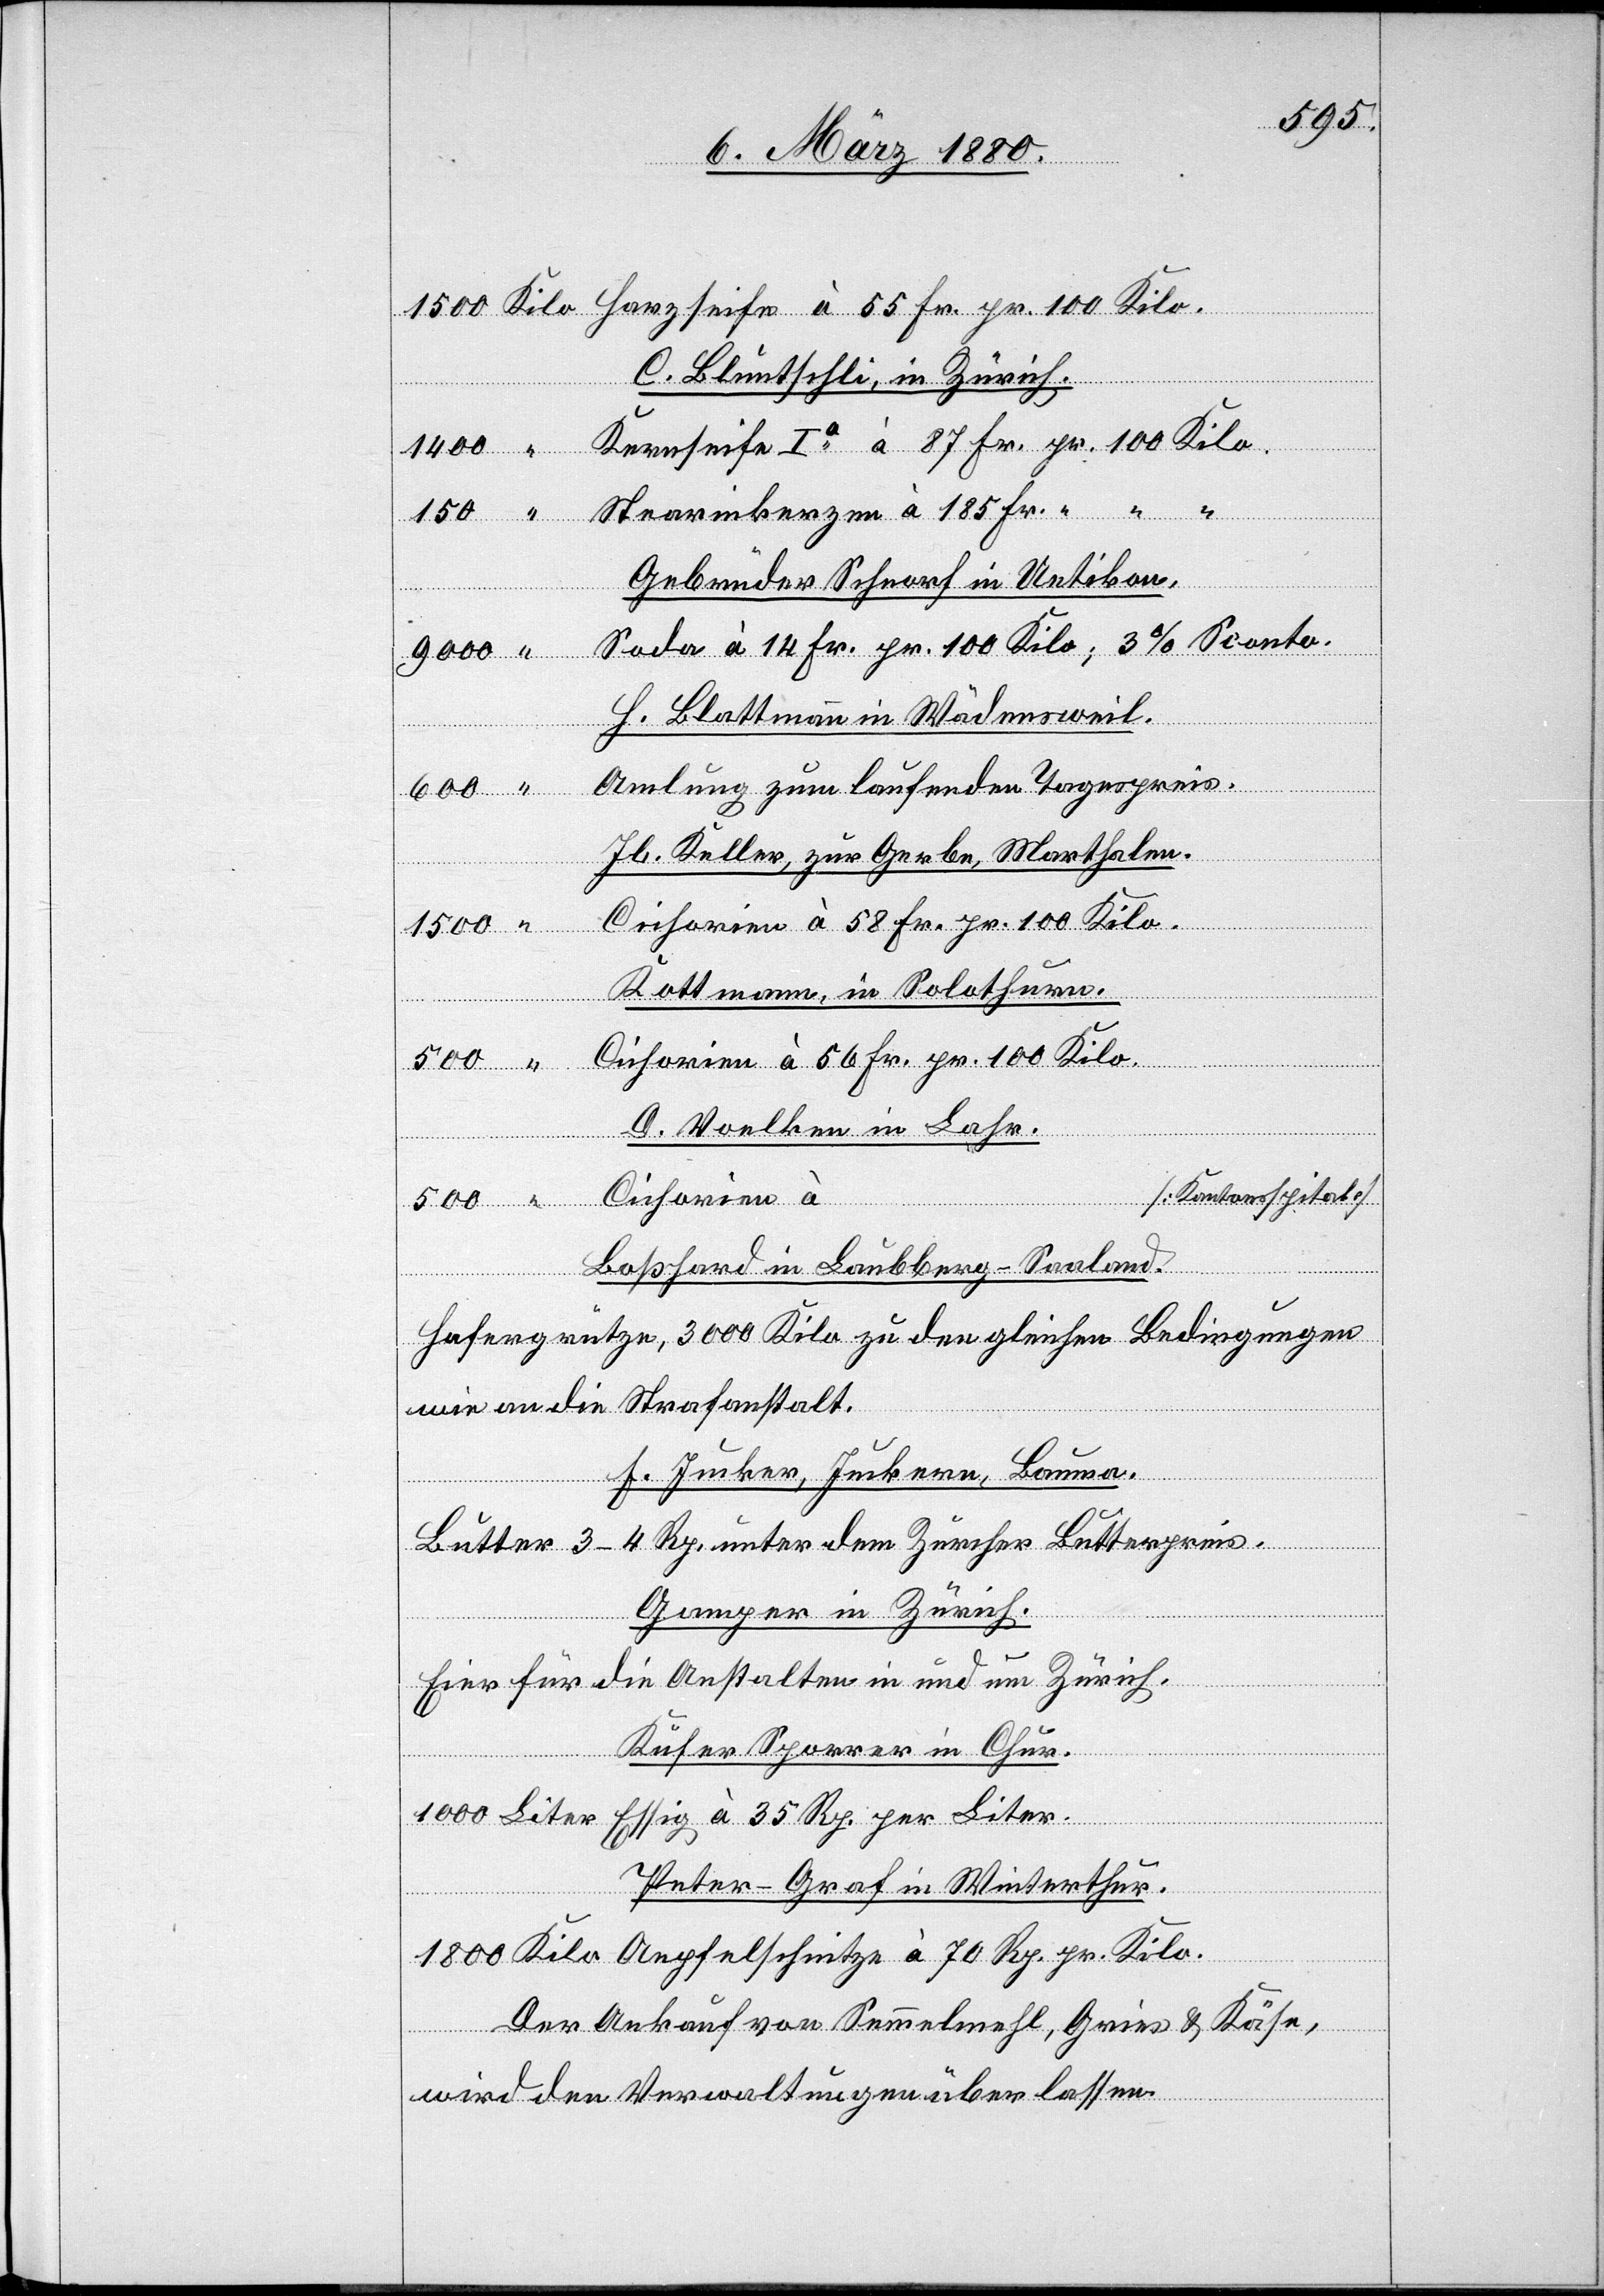
1500
Liter.
kerzen
C.Bluntschli, in Zürich.
Gebrüder Schnorf in Uetikon,
Soda à 14 Fr. pr. 100 Kilo; 3 % Sconto.
H. Blattmann in Wädensweil.
Amlung zum laufenden Tagespreis.
Jb. Keller, zur Gerbe, Marthalen.
Cichorien à 58 Fr. pr. 100 Kilo.
Kottmann, in Solothurn.
Cichorien à 56 Fr. pr. 100 Kilo.
pr.
D. Voelken in Bahr.
[Kantonsspital]
Boßhard in Labberg-Salland.
Hafergrütze, 3000 Kilo zu den gleichen Bedingungen
wie an die Strafanstalt.
“
F. Jucker, Juckern, Bauma.
Butter 3–4 Rp. unter dem Zürcher Butterpreis.
Gamper in Zürich.
Eier für die Anstalten in und um Zürich.
eife
Küfer Sporrer in Chur.
Peter-Graf in Winterthur.
Der Ankauf von Semmelmehl, Gries & Käse,
wird den Verwaltungen überlassen.